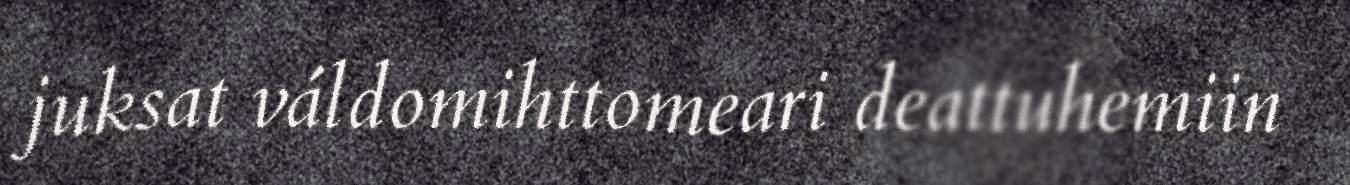
juksat váldomihttomeari deattuhemiin